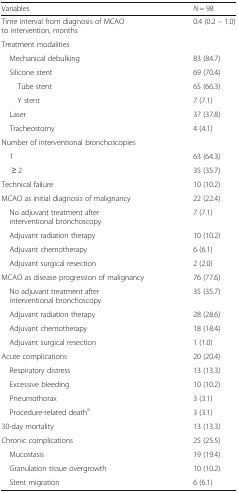
<table><thead><tr><td><b>Variables</b></td><td><b><i>N</i> = 98</b></td></tr></thead><tbody><tr><td>Time interval from diagnosis of MCAO to intervention, months</td><td>0.4 (0.2 – 1.0)</td></tr><tr><td colspan="2">Treatment modalities</td></tr><tr><td> Mechanical debulking</td><td>83 (84.7)</td></tr><tr><td> Silicone stent</td><td>69 (70.4)</td></tr><tr><td>Tube stent</td><td>65 (66.3)</td></tr><tr><td>Y stent</td><td>7 (7.1)</td></tr><tr><td> Laser</td><td>37 (37.8)</td></tr><tr><td> Tracheostomy</td><td>4 (4.1)</td></tr><tr><td colspan="2">Number of interventional bronchoscopies</td></tr><tr><td> 1</td><td>63 (64.3)</td></tr><tr><td>≥ 2</td><td>35 (35.7)</td></tr><tr><td>Technical failure</td><td>10 (10.2)</td></tr><tr><td>MCAO as initial diagnosis of malignancy</td><td>22 (22.4)</td></tr><tr><td> No adjuvant treatment after interventional bronchoscopy</td><td>7 (7.1)</td></tr><tr><td> Adjuvant radiation therapy</td><td>10 (10.2)</td></tr><tr><td> Adjuvant chemotherapy</td><td>6 (6.1)</td></tr><tr><td> Adjuvant surgical resection</td><td>2 (2.0)</td></tr><tr><td>MCAO as disease progression of malignancy</td><td>76 (77.6)</td></tr><tr><td> No adjuvant treatment after interventional bronchoscopy</td><td>35 (35.7)</td></tr><tr><td> Adjuvant radiation therapy</td><td>28 (28.6)</td></tr><tr><td> Adjuvant chemotherapy</td><td>18 (18.4)</td></tr><tr><td> Adjuvant surgical resection</td><td>1 (1.0)</td></tr><tr><td>Acute complications</td><td>20 (20.4)</td></tr><tr><td> Respiratory distress</td><td>13 (13.3)</td></tr><tr><td> Excessive bleeding</td><td>10 (10.2)</td></tr><tr><td> Pneumothorax</td><td>3 (3.1)</td></tr><tr><td> Procedure-related death<sup>a</sup></td><td>3 (3.1)</td></tr><tr><td>30-day mortality</td><td>13 (13.3)</td></tr><tr><td>Chronic complications</td><td>25 (25.5)</td></tr><tr><td> Mucostasis</td><td>19 (19.4)</td></tr><tr><td> Granulation tissue overgrowth</td><td>10 (10.2)</td></tr><tr><td> Stent migration</td><td>6 (6.1)</td></tr></tbody></table>